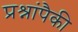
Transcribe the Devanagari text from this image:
प्रश्नांपैकी